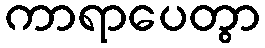
ကာရာပေတွာ